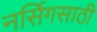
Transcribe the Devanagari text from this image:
नर्सिगसाठी